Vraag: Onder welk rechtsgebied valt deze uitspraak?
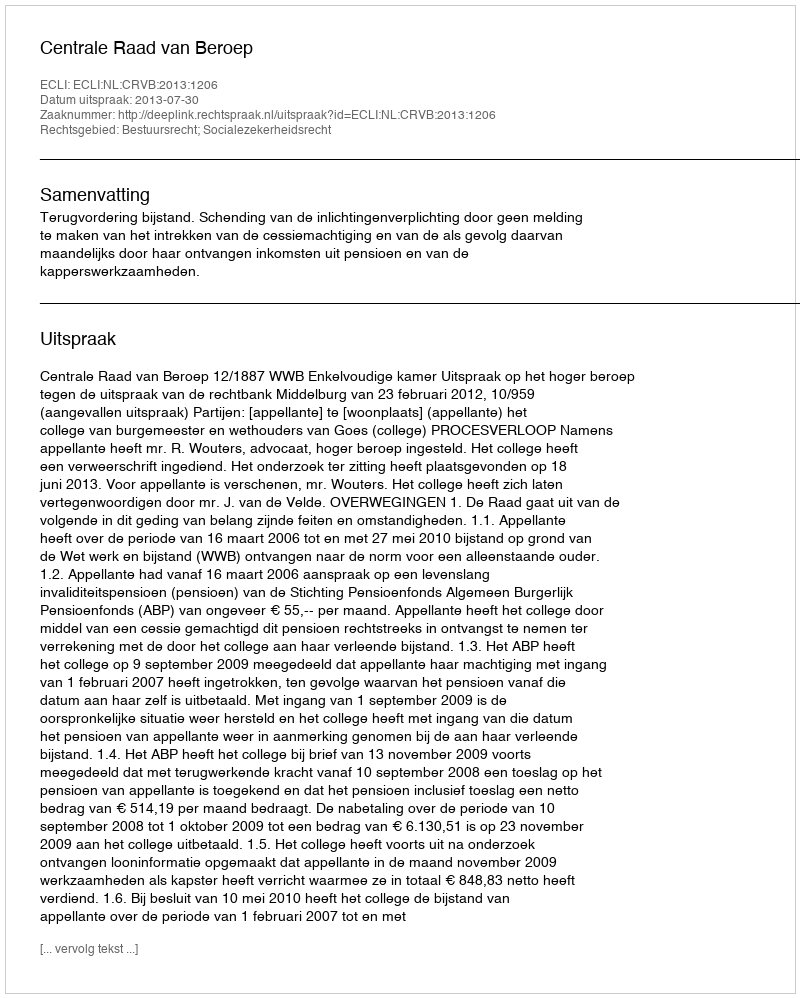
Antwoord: Bestuursrecht; Socialezekerheidsrecht